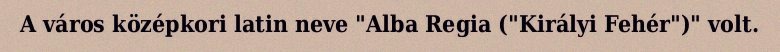
A város középkori latin neve "Alba Regia ("Királyi Fehér")" volt.